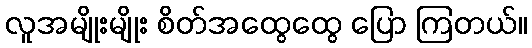
လူအမျိုးမျိုး စိတ်အထွေထွေ ပြော ကြတယ်။